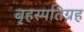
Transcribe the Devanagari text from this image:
बृहस्पतिग्रह